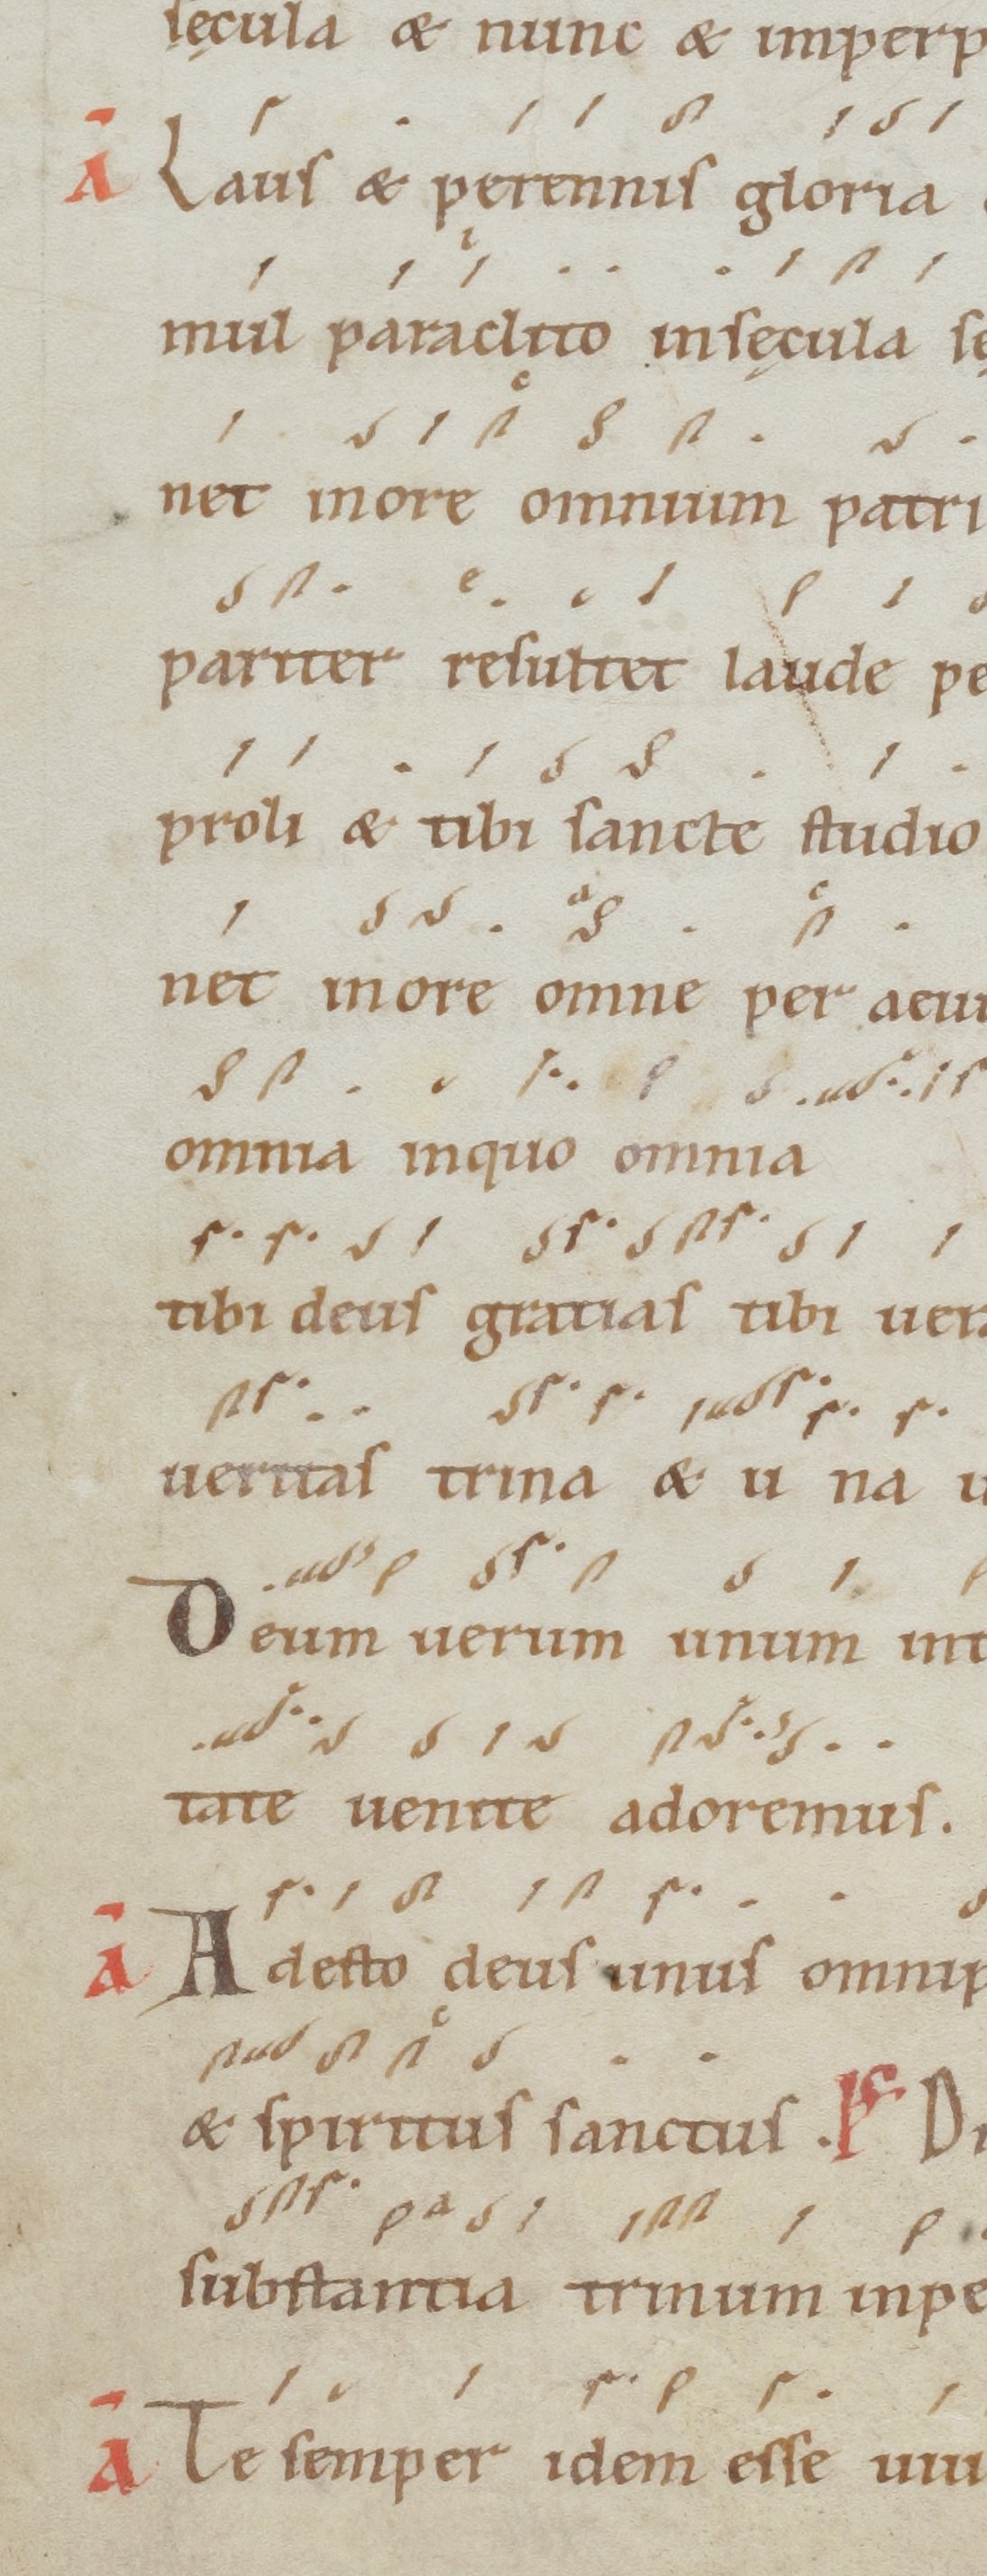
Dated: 1100–1199